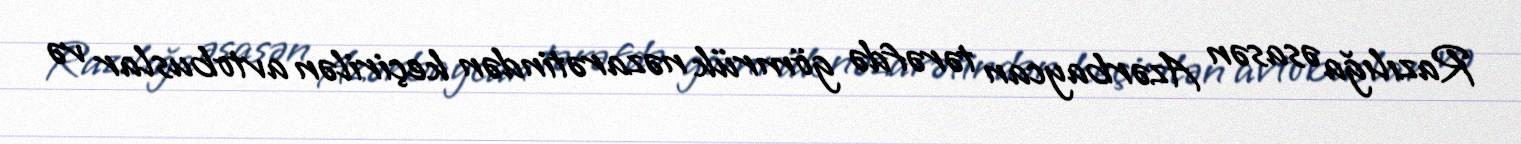
Razılığa əsasən Azərbaycan tərəfdə gömrük nəzarətindən keçirilən avtobuslar və